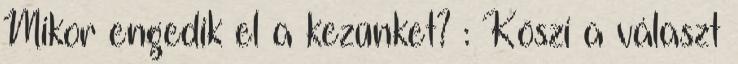
Mikor engedik el a kezünket? : Köszi a választ